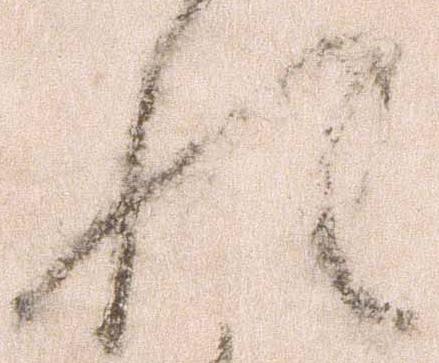
れ